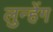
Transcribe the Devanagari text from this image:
लुन्हेंग